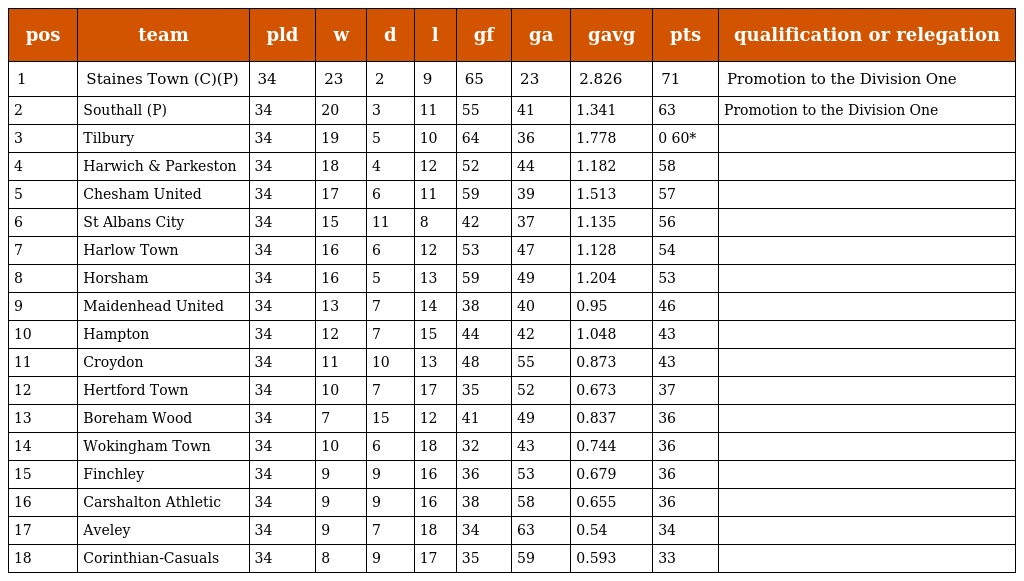
| pos | team | pld | w | d | l | gf | ga | gavg | pts | qualification or relegation |
 | --- | --- | --- | --- | --- | --- | --- | --- | --- | --- | --- |
 | 1 | Staines Town (C)(P) | 34 | 23 | 2 | 9 | 65 | 23 | 2.826 | 71 | Promotion to the Division One |
 | 2 | Southall (P) | 34 | 20 | 3 | 11 | 55 | 41 | 1.341 | 63 | Promotion to the Division One |
 | 3 | Tilbury | 34 | 19 | 5 | 10 | 64 | 36 | 1.778 | 0 60* |  |
 | 4 | Harwich & Parkeston | 34 | 18 | 4 | 12 | 52 | 44 | 1.182 | 58 |  |
 | 5 | Chesham United | 34 | 17 | 6 | 11 | 59 | 39 | 1.513 | 57 |  |
 | 6 | St Albans City | 34 | 15 | 11 | 8 | 42 | 37 | 1.135 | 56 |  |
 | 7 | Harlow Town | 34 | 16 | 6 | 12 | 53 | 47 | 1.128 | 54 |  |
 | 8 | Horsham | 34 | 16 | 5 | 13 | 59 | 49 | 1.204 | 53 |  |
 | 9 | Maidenhead United | 34 | 13 | 7 | 14 | 38 | 40 | 0.95 | 46 |  |
 | 10 | Hampton | 34 | 12 | 7 | 15 | 44 | 42 | 1.048 | 43 |  |
 | 11 | Croydon | 34 | 11 | 10 | 13 | 48 | 55 | 0.873 | 43 |  |
 | 12 | Hertford Town | 34 | 10 | 7 | 17 | 35 | 52 | 0.673 | 37 |  |
 | 13 | Boreham Wood | 34 | 7 | 15 | 12 | 41 | 49 | 0.837 | 36 |  |
 | 14 | Wokingham Town | 34 | 10 | 6 | 18 | 32 | 43 | 0.744 | 36 |  |
 | 15 | Finchley | 34 | 9 | 9 | 16 | 36 | 53 | 0.679 | 36 |  |
 | 16 | Carshalton Athletic | 34 | 9 | 9 | 16 | 38 | 58 | 0.655 | 36 |  |
 | 17 | Aveley | 34 | 9 | 7 | 18 | 34 | 63 | 0.54 | 34 |  |
 | 18 | Corinthian-Casuals | 34 | 8 | 9 | 17 | 35 | 59 | 0.593 | 33 |  |